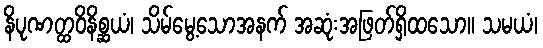
နိပုဏတ္ထဝိနိစ္ဆယံ၊ သိမ်မွေ့သောအနက် အဆုံးအဖြတ်ရှိထသော။ သမယံ၊